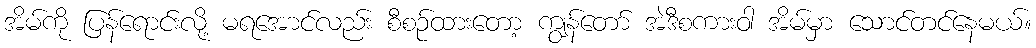
အိမ်ကို ပြန်ရောင်းလို့ မရအောင်လည်း စီစဉ်ထားတော့ ကျွန်တော် အဲဒီစကားဝါ အိမ်မှာ သောင်တင်နေမယ်။